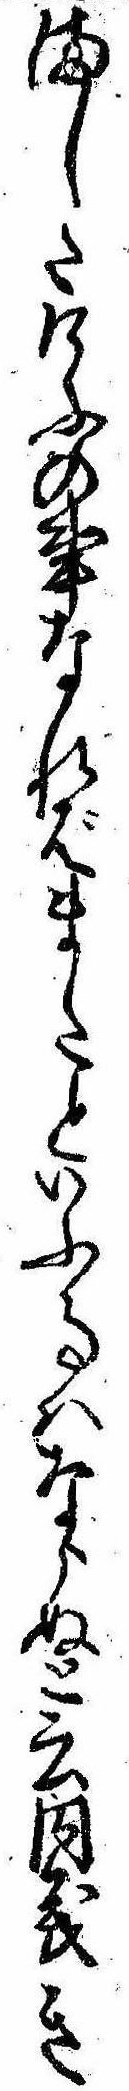
ましたけふの事なればまたといふ事はならぬと云内義き